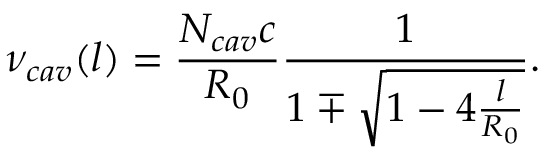
\nu _ { c a v } ( l ) = \frac { N _ { c a v } c } { R _ { 0 } } \frac { 1 } { 1 \mp \sqrt { 1 - 4 \frac { l } { R _ { 0 } } } } .